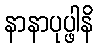
နာနာပုပ္ဖါနိ